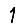
Digit: 1